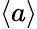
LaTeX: \left\langle a\right\rangle